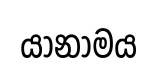
යානාමය